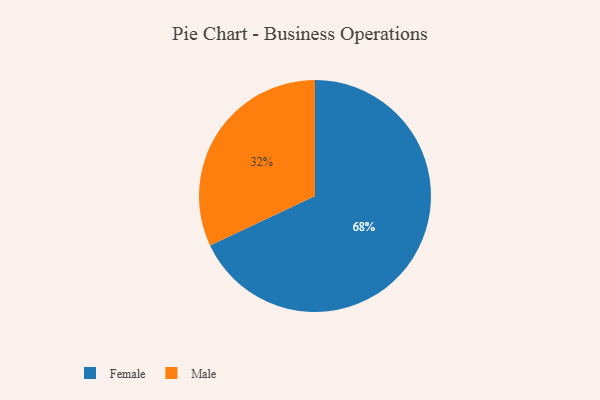
{"axis": {"x": "Category", "y": "Percentage"}, "legend": ["Female", "Male"], "data": [{"x": "Male", "y": 32, "type": "Male"}, {"x": "Female", "y": 68, "type": "Female"}]}